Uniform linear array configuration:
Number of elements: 16
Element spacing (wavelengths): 0.5
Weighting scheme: exponential
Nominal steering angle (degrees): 0
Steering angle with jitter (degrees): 0.04931
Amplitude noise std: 0.05
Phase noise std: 0.05

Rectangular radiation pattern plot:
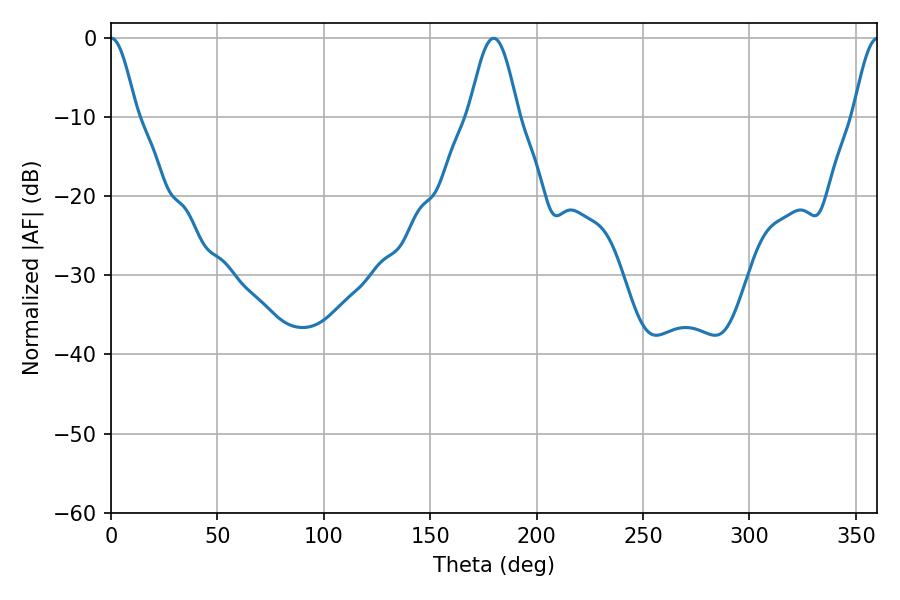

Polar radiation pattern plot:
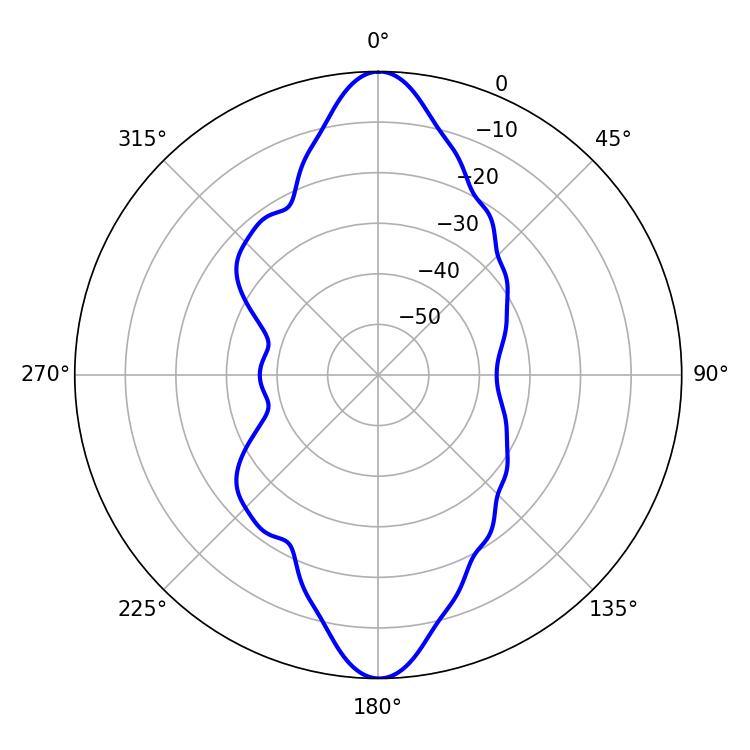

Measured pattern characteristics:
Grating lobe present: FALSE
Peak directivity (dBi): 27.69
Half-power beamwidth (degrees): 6.48
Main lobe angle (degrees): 0.18